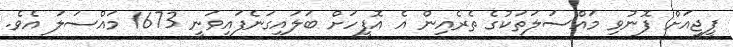
ޕީޖީއަށް ފޮނުވި މައްސަލަތަކުގެ ތެރެއިން އެ އޮފީހަށް ބަލައިގަނެފައިވަނީ 1673 މައްސަލަ އެވެ.